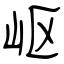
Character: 岖